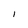
Character: l